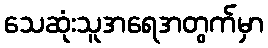
သေဆုံးသူအရေအတွက်မှာ